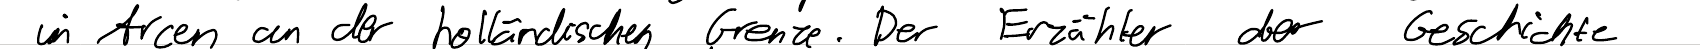
in Arcen an der holländischen Grenze. Der Erzähler der Geschichte